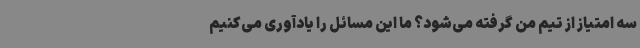
سه امتیاز از تیم من گرفته می‌شود؟ ما این مسائل را یادآوری می‌کنیم